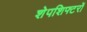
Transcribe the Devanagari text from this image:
शेपशिफ्टरों